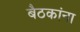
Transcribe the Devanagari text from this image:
बैठकांना